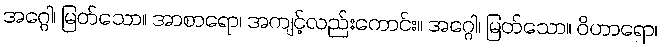
အဂ္ဂေါ၊ မြတ်သော။ အာစာရော၊ အကျင့်လည်းကောင်း။ အဂ္ဂေါ၊ မြတ်သော။ ဝိဟာရော၊